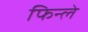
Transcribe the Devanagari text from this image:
फिन्ले